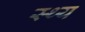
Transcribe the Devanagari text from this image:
स्थ्य